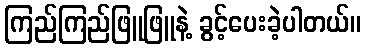
ကြည်ကြည်ဖြူဖြူနဲ့ ခွင့်ပေးခဲ့ပါတယ်။